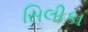
સિલીકા